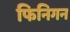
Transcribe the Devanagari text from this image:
फिनिगन